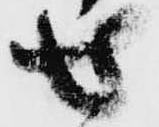
せ